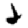
Digit: 2